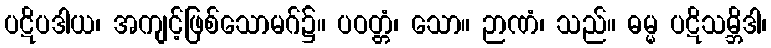
ပဋိပဒါယ၊ အကျင့်ဖြစ်သောမဂ်၌။ ပဝတ္တံ၊ သော။ ဉာဏံ၊ သည်။ ဓမ္မ ပဋိသမ္ဘိဒါ၊